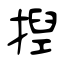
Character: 揑